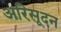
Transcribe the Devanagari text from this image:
अरिसूदन